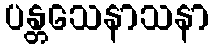
ပန္တသေနာသနာ